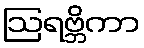
ဩရဗ္ဘိကာ